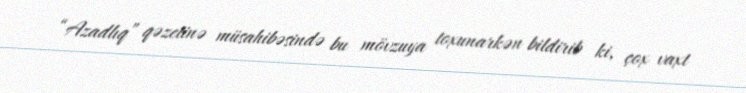
“Azadlıq” qəzetinə müsahibəsində bu mövzuya toxunarkən bildirib ki, çox vaxt